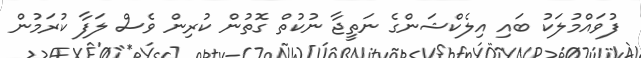
ފުވައްމުލަކު ބައި އިލެކްޝަންގެ ނަތީޖާ ނުކުތް ގޮތުން ކުރިން ވެސް ލަފާ ކުރަމުން